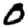
Digit: 0